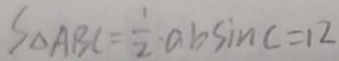
S _ { \Delta A B C } = \frac { 1 } { 2 } \cdot a b \sin c = 1 2